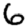
Digit: 6